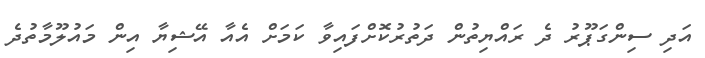
އަދި ސިންގަޕޫރު ދެ ރައްޔިތުން ދަތުރުކޮށްފައިވާ ކަމަށް އެއާ އޭޝިޔާ އިން މައުލޫމާތުދެ